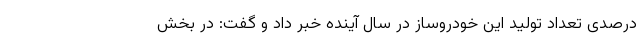
درصدی تعداد تولید این خودروساز در سال آینده خبر داد و گفت: در بخش